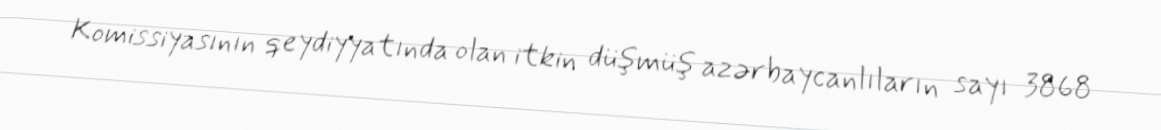
Komissiyasının qeydiyyatında olan itkin düşmüş azərbaycanlıların sayı 3868